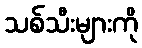
သစ်သီးများကို